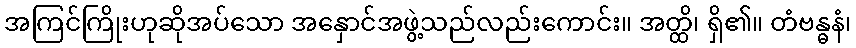
အကြင်ကြိုးဟုဆိုအပ်သော အနှောင်အဖွဲ့သည်လည်းကောင်း။ အတ္ထိ၊ ရှိ၏။ တံဗန္ဓနံ၊